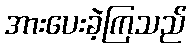
အားပေးခဲ့ကြသည်